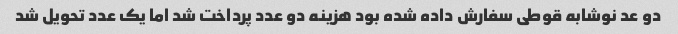
دو عد نوشابه قوطی سفارش داده شده بود هزینه دو عدد پرداخت شد اما یک عدد تحویل شد